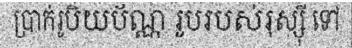
ប្រាក់រូបិយប័ណ្ណ រូបរបស់រុស្ស៊ី ទៅ